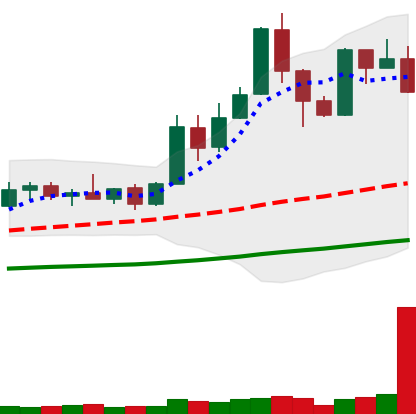
Ticker: XMR-USD
Chart end date: 2019-05-22
Forward return: 17.317%
Label: up_7plus